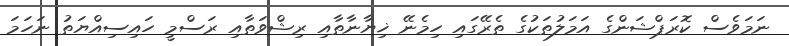
ނަމަވެސް ކޮރަޕްޝަންގެ އަމަލުތަކުގެ ތެރޭގައި ހިމެނޭ ޚިޔާނާތާއި ރިޝްވަތާއި ރަސްމީ ހައިސިއްޔަތު ނަހަމަ